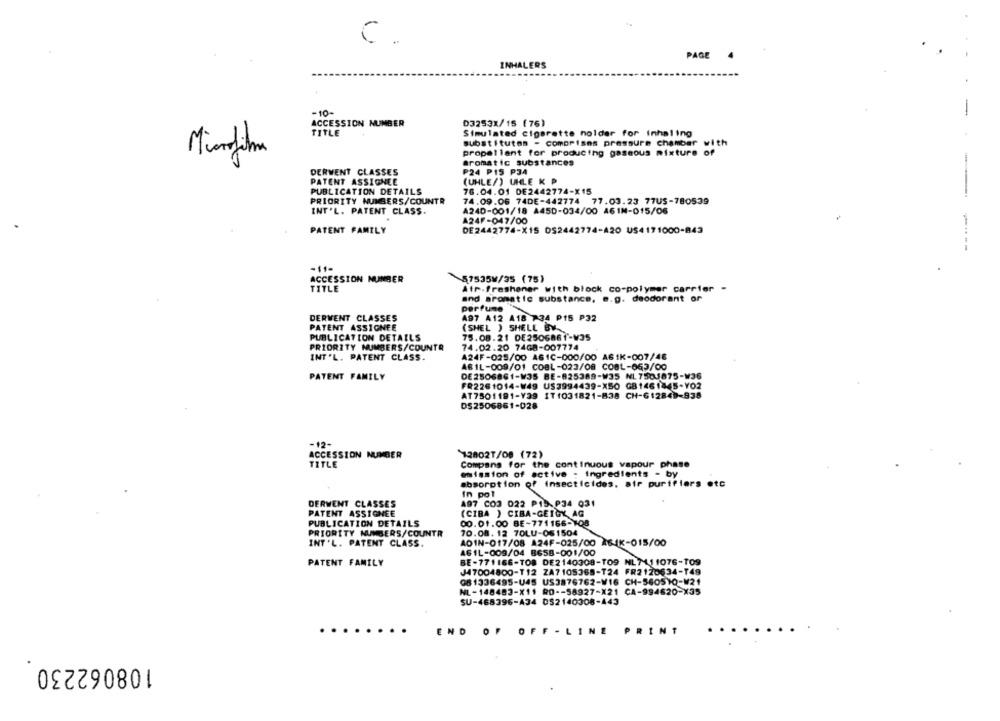
C.
PAGE
INHALERS
-10-
-
ACCESSION NUMBER
D3253X/15 (76)
TITLE
Simulated cigarette holder for inhaling
substitutes - comprises pressure chamber with
Miorjihm
propellant for producing gaseous mixture of
Bromatic substances
DERWENT CLASSES
₱24 P15 P34
PATENT ASSIGNEE
(UHLE/) UHLE K P
PUBLICATION DETAILS
76.04.01 DE2442774-X15
PRIORITY NUMBERS/COUNTR
74.09.06 74DE-442774 77.03.23 77US-780539
INT'L. PATENT CLASS.
A24D-001/18 A450-034/00 461M-015/06
A24F-047/00
PATENT FAMILY
DE2442774-X15 052442774-A20 US4171000-843
----
-11-
ACCESSION NUMBER
57535W/35 (75)
TITLE
Atr-freshener with block co-polymer carrier -
and aromatic substance. m.g. deodorant or
perfume
DERWENT CLASSES
497 A12 A18 734 PTS P32
PATENT ASSIGNEE
(SHEL ) SHELL BY-
PUBLICATION DETAILS
75.08.21 DE2506861-V35
74.02.20 74G8-007774
PRIORITY NUMBERS/COUNTA
INT'L. PATENT CLASS
A24F-025/00 A61C-000/00 AS1K-007/48
ABIL-009/01 COBL-023/08 COBL-063/00
PATENT FAMILY
DE2506861-V35 BE-825389-W35 NL7503875-W36
FR2261014-¥49 US3994439-X50 G81461845-Y02
AT7501191-Y39 IT1031821-838 CH-6:2849-938
DS2506861-028
-12-
ACCESSION NUMBER
12802T/08 (72)
TITLE
Compans for the continuous vapour phase
emission of active - ingredients - by
absorption of insecticides, air purifiers etc
In pol
DERWENT CLASSES
A97 CO3 022 P15.P34 031
PATENT ASSIGNEE
(CIBA ) CIBA-GEIGY AG
PUBLICATION DETAILS
00.01.00 BE-771166-108
PRIORITY NUMBERS/COUNTR
70.08. 12 70LU-061504
INT 'L. PATENT CLASS.
ADIN-017/08 A24F-025/00 X64K-015/00
AGIL-009/04 8658-001/00
PATENT FAMILY
BE-771166-TOS DE2140308-109 NL7111076-109
J47004800-T12 ZA7105368-124 FR2120634-149
081336495-U45 US3876762-V16 CH-560510-W21
NL-148483-X11 RO -- 58927-X21 CA-994620-X35
SU-468396-A34 052140308-443
...
END
OF
OFF - LINE
PRINT
108062230